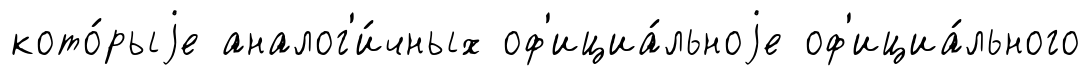
кото́рыjе аналог'и́чных оф'ициа́льноjе оф'ициа́льного